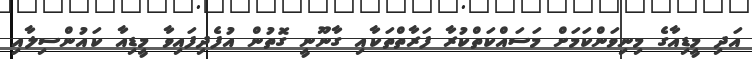
އަދި މީޑިއާގެ މިނިވަންކަމަށް މަސައްކަތްކުރާ ފަރާތްތަކާއި ގާނޫނީ ގޮތުން އުފެދިފައިވާ މީޑިއާ ކައުންސިލާއި